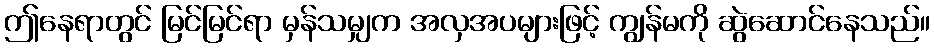
ဤနေရာတွင် မြင်မြင်ရာ မှန်သမျှက အလှအပများဖြင့် ကျွန်မကို ဆွဲဆောင်နေသည်။